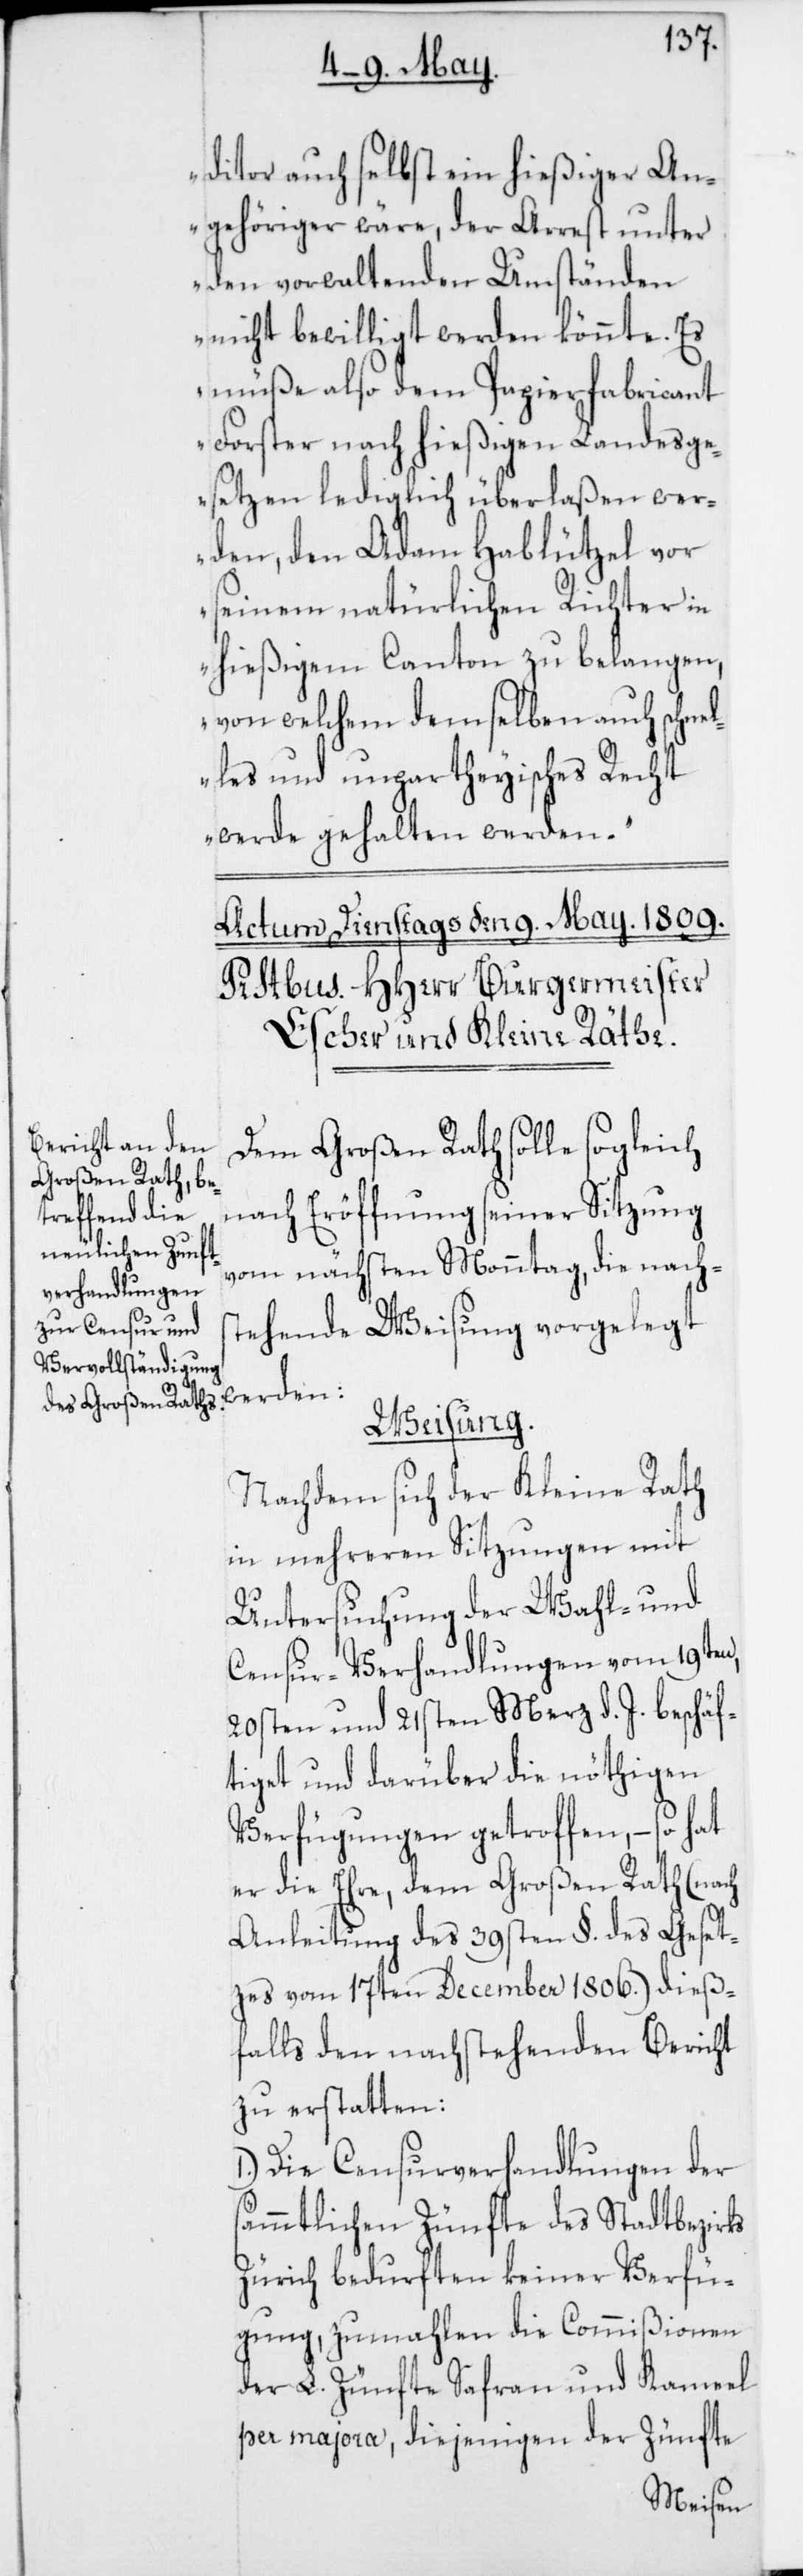
ditor auch selbst ein hießiger An¬
gehöriger wäre, der Arrest unter
den vorwaltenden Umständen
nicht bewilligt werden könnte. Es
müße also dem Papierfabricant
Forster nach hießigen Landesge¬
setzen lediglich überlaßen wer¬
den, den Adam Hablützel vor
seinem natürlichen Richter in
hießigem Canton zu belangen,
von welchem demselben auch schnel¬
les und unpartheyisches Recht
werde gehalten werden.“
Dem Großen Rath solle sogleich
nach Eröffnung seiner Sitzung
vom nächsten Monntag, die nachs¬
tehende Weisung vorgelegt
werden:
Weisung.
Nachdem sich der Kleine Rath
in mehreren Sitzungen mit
Untersuchung der Wahl- und
Censur-Verhandlungen vom 19ten,
20sten und 21sten Merz d. J. beschäf¬
tiget und darüber die nöthigen
Verfügungen getroffen, – so hat
er die Ehre, dem Großen Rath (nach
Anleitung des 39sten §. des Geset¬
zes vom 17ten December 1806.) dieß¬
falls den nachstehenden Bericht
zu erstatten:
1.) Die Censurverhandlungen der
sämmtlichen Zünfte des Stadtbezirks
Zürich bedurften keiner Verfü¬
gung, zumahlen die Commißionen
der L. Zünfte Safran und Kameel
per majora, diejenigen der Zünfte